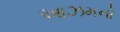
આઝમનો